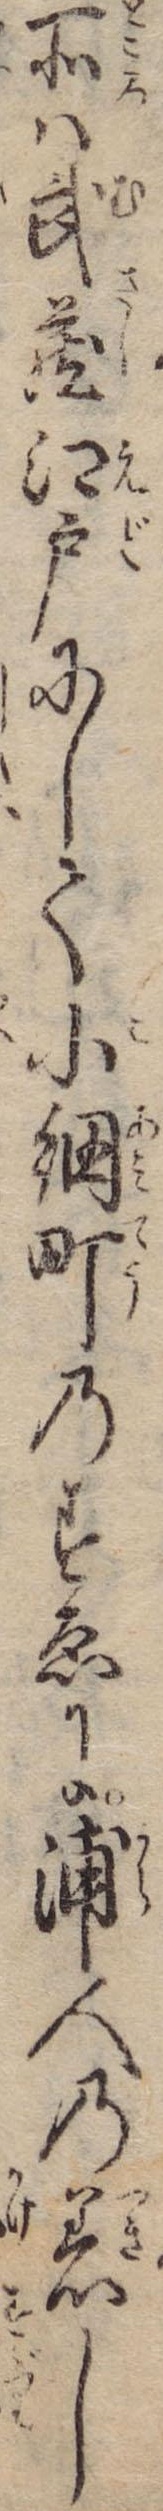
所は武蔵江戸にして小網町のすゑに浦人の着し